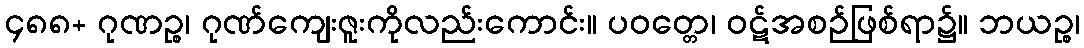
၄၈၈+ ဂုဏဉ္စ၊ ဂုဏ်ကျေးဇူးကိုလည်းကောင်း။ ပဝတ္တေ၊ ဝဋ်အစဉ်ဖြစ်ရာ၌။ ဘယဉ္စ၊